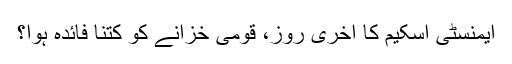
ایمنسٹی اسکیم کا آخری روز، قومی خزانے کو کتنا فائدہ ہوا؟